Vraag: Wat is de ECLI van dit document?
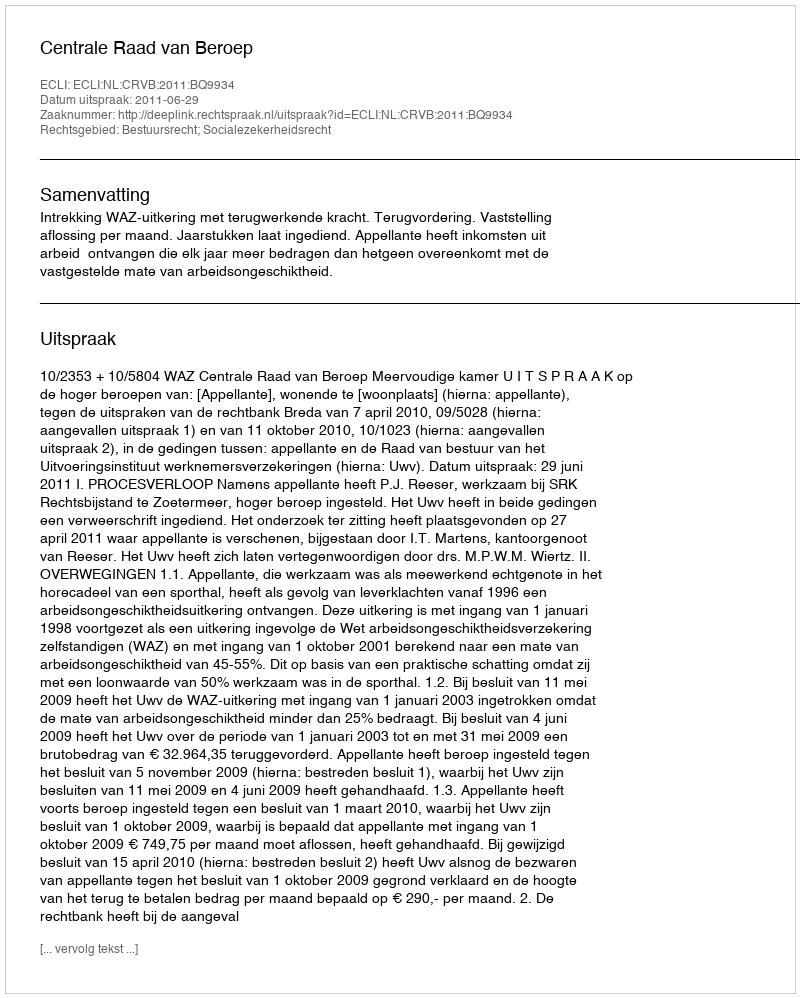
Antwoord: ECLI:NL:CRVB:2011:BQ9934